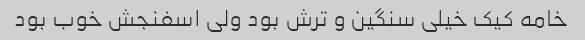
خامه کیک خیلی سنگین و ترش بود ولی اسفنجش خوب بود